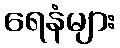
ရေနံများ